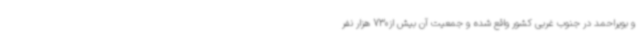
و بویراحمد در جنوب غربی کشور واقع شده و جمعیت آن بیش از730 هزار نفر